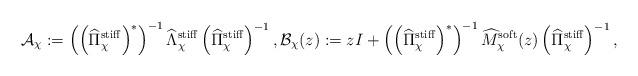
LaTeX: \begin{align*}\mathcal{A}_\chi:= \left( \left( \widehat{\Pi}_\chi^{\rm stiff} \right)^*\right)^{-1} \widehat{\Lambda}_\chi^{\rm stiff} \left( \widehat{\Pi}_\chi^{\rm stiff} \right)^{-1}, \mathcal{B}_\chi (z):= zI + \left( \left( \widehat{\Pi}_\chi^{\rm stiff} \right)^*\right)^{-1} \widehat{M}_\chi^{\rm soft}(z) \left( \widehat{\Pi}_\chi^{\rm stiff} \right)^{-1},\end{align*}